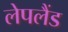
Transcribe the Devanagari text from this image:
लेपलैंड